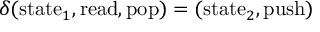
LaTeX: \delta ( \mathrm { s t a t e } _ { 1 } , \mathrm { r e a d } , \mathrm { p o p } ) = ( \mathrm { s t a t e } _ { 2 } , \mathrm { p u s h } )